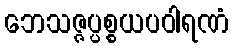
ဘေသဇ္ဇပ္ပစ္စယပဝါရဏံ